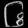
Digit: ၆